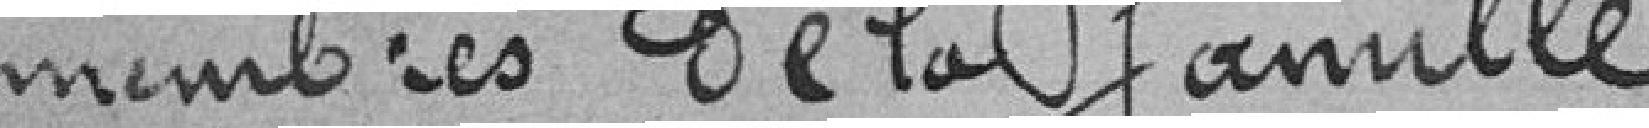
membres de la famille